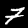
Digit: 7